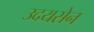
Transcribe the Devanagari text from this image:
उदयसेन